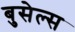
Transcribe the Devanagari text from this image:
बुसेल्स